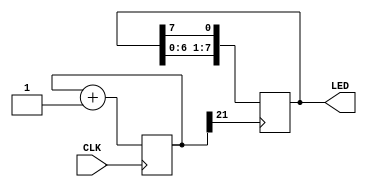
module led_blink(input CLK, output [7:0] LED);
    reg [25:0] counter;
    wire led_clk = counter[21];

    initial begin
        LED = 8'b11110000;
    end
    always @(posedge CLK) begin
        counter <= counter + 1;
    end
    always @(posedge led_clk) begin
        LED <= {LED[6:0], LED[7]};
    end

endmodule